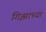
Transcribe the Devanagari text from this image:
गिझाच्या